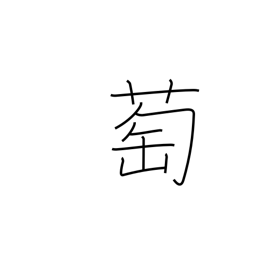
Meaning: wild grape